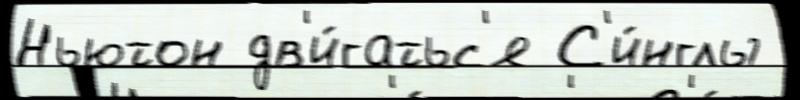
Ньютон дв'и́гатьс'я С'и́нглы